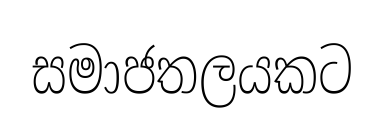
සමාජතලයකට